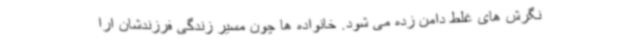
نگرش های غلط دامن زده می شود. خانواده ها چون مسیر زندگی فرزندشان ارا